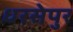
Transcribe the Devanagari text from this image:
धरसेपुर